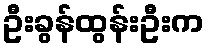
ဦးခွန်ထွန်းဦးက